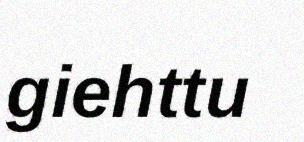
giehttu